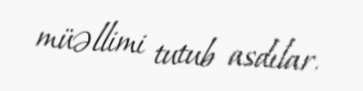
müəllimi tutub asdılar.